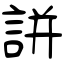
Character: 誁